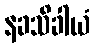
နခသိခါယံ